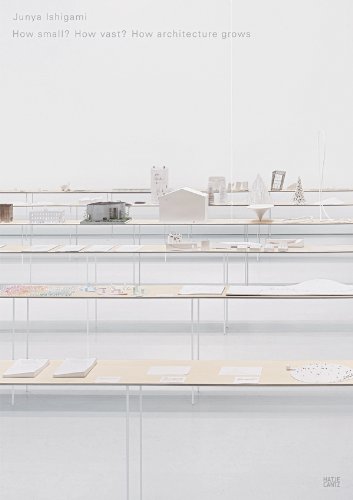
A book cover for Junya Ishigami: How Small? How Vast? How Architecture Grows; Junya Ishigami; Arts & Photography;